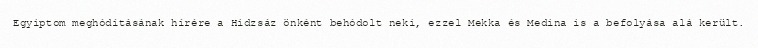
Egyiptom meghódításának hírére a Hidzsáz önként behódolt neki, ezzel Mekka és Medina is a befolyása alá került.